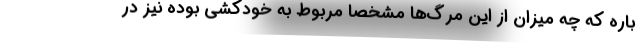
باره که چه میزان از این مرگ‌ها مشخصاً مربوط به خودکشی بوده نیز در